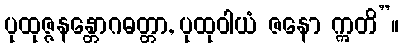
ပုထုဇ္ဇနန္တောဂဓတ္တာ, ပုထုဝါယံ ဇနော ဣတိ”။